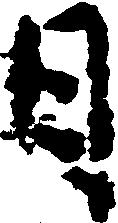
月